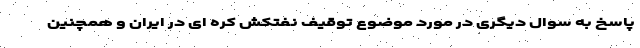
پاسخ به سوال دیگری در مورد موضوع توقیف نفتکش کره ای در ایران و همچنین